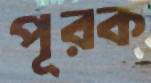
পূরক